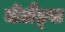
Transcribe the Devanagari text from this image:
जेलैंड्स